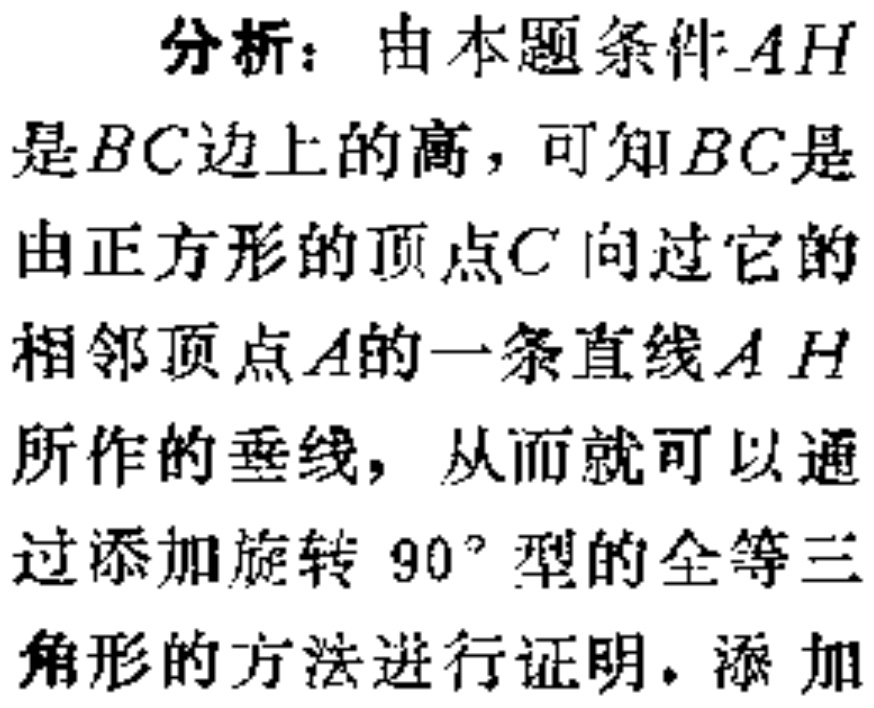
分析：由本题条件\(AH\)是\(BC\)边上的高，可知\(BC\)是由正方形的顶点\(C\)向过它的相邻顶点\(A\)的一条直线\(AH\)所作的垂线，从而就可以通过添加旋转\(90^{\circ}\)型的全等三角形的方法进行证明。添加